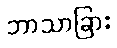
ဘာသာခြား